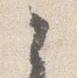
之